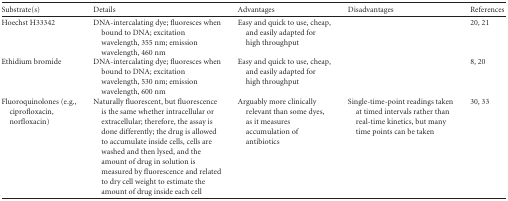
<table><thead><tr><td><b>Substrate(s)</b></td><td><b>Details</b></td><td><b>Advantages</b></td><td><b>Disadvantages</b></td><td><b>References</b></td></tr></thead><tbody><tr><td>Hoechst H33342</td><td>DNA-intercalating dye; fluoresces when bound to DNA; excitation wavelength, 355 nm; emission wavelength, 460 nm</td><td>Easy and quick to use, cheap, and easily adapted for high throughput</td><td></td><td>20, 21</td></tr><tr><td>Ethidium bromide</td><td>DNA-intercalating dye; fluoresces when bound to DNA; excitation wavelength, 530 nm; emission wavelength, 600 nm</td><td>Easy and quick to use, cheap, and easily adapted for high throughput</td><td></td><td>8, 20</td></tr><tr><td>Fluoroquinolones (e.g., ciprofloxacin, norfloxacin)</td><td>Naturally fluorescent, but fluorescence is the same whether intracellular or extracellular; therefore, the assay is done differently; the drug is allowed to accumulate inside cells, cells are washed and then lysed, and the amount of drug in solution is measured by fluorescence and related to dry cell weight to estimate the amount of drug inside each cell</td><td>Arguably more clinically relevant than some dyes, as it measures accumulation of antibiotics</td><td>Single-time-point readings taken at timed intervals rather than real-time kinetics, but many time points can be taken</td><td>30, 33</td></tr></tbody></table>